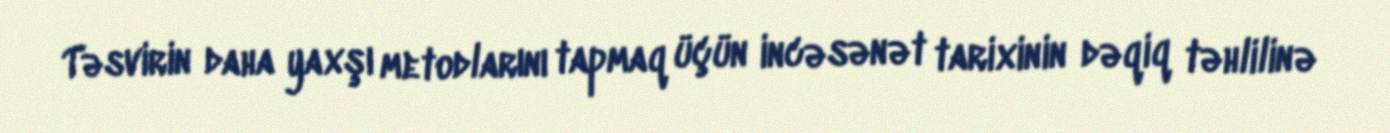
Təsvirin daha yaxşı metodlarını tapmaq üçün incəsənət tarixinin dəqiq təhlilinə